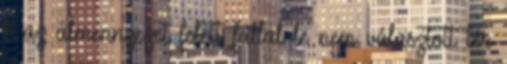
b az álmennyezet felett fallal le nem választott tér